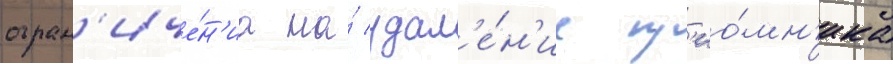
огран'иче́н'иа на́ удал'е́н'ие пр'ио́мн'ика